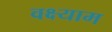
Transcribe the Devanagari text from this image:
वक्ष्याम